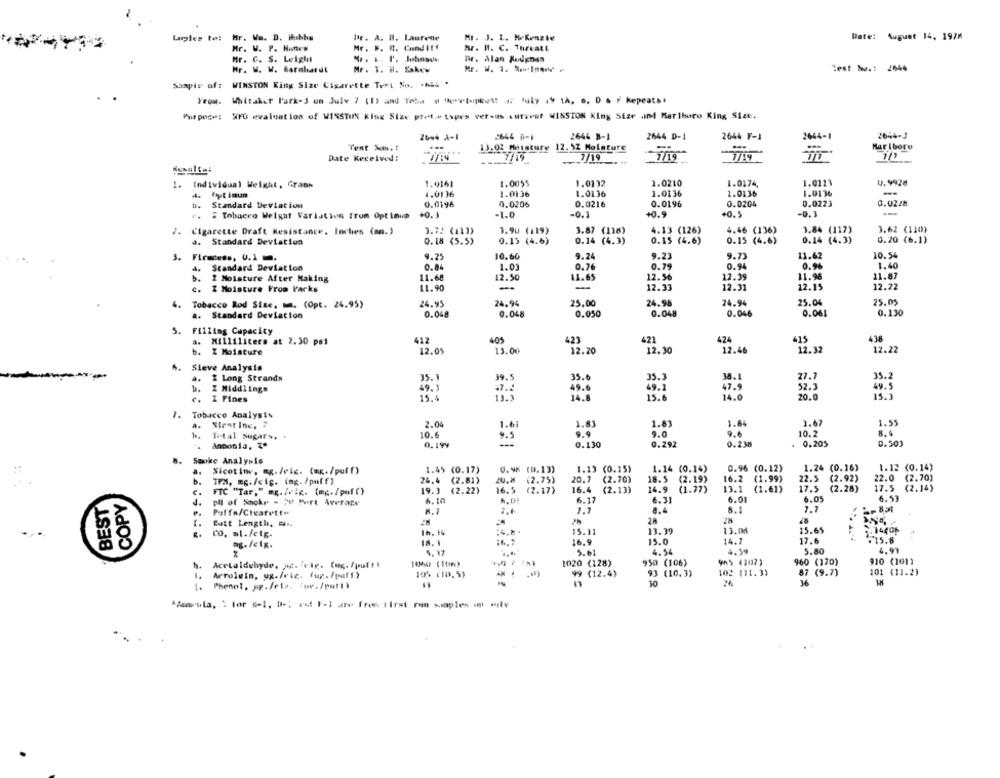
umples to: Hr. Va. D. Hubby
1ªr. A. M. Laurene
Mr. 1. 1. MaKenzie
Date: August 14. 1978
Mr. V. P. Hanes
Mr. F. R. Cundiff
Mr. H. C. Threatt
Mr. C. S. Leigli
Mr. L. P'. Johnson
Dr. Alan Redenen
Mr. W. W. Barolarúl
Mr. T. H. Eskew
Mr. W. 1. Brelmond #
Test M .: 2644
Saspir oft WINSTON King Size Cigarette Tert No. - hLL .
From. Whitaker Park-S on July 7 (1) and Teba e beretepees! # July 19 1A. s. D . F Repeats.
Purpose: 270 evaluation of WISSTIN King Size ptet.etspes versus current WINSTON King Size and Marlboro King Size.
20w4 A-1
2644 6-1
2646 B-1
2644 D-1
2644 F-1
2644-1
2644-J
Tent A .!
13.03 Moisture 12.52 Moisture
Marlboro
7/19
Date Received:
7/19
1. Individual Weight, Grans
1.0161
1.0055
1.0132
1.0210
1.0174,
1.0123
0.9928
fyt imum
1.0136
1.0136
1.0136
1.0136
1.0136
1.0136
--
0.0206
0.0216
0.0196
0.0204
0.0223
0.0228
Standard Deviation
0.0196
".
Tobacco Weight Varlation from Optinua
+0.3
-1.0
-0.1
+0.9
+0.5
-0.1
---
7. Cigarette Draft Resistance. Inches (mm.)
3.72 (11))
1.9u (119)
3.87 (118)
4.13 (126)
4.46 (136)
1.84 (117)
3.62 (110)
a.
Standard Deviation
0.18 (5.5)
0.15 (4.6)
0.14 (4.3)
0.15 (4.6)
0.15 (4.6)
0.14 (4.3)
0.20 (6.1)
3. Firmness, 0.1.
9.25
10.60
9.24
9.23
9.73
11.62
10.54
1.01
0.79
0.94
0.94
1.40
Standard Deviation
0.84
0.76
b. 2 Moisture After Making
11.68
12.50
11.65
12.56
12.39
11.96
11.87
c. Z Moisture From Packs
11.90
--
--
12.33
12.31
12.15
12.22
4.
Tobacco Rod Size. m. (Opt. 24.95)
24.95
24.94
25.00
24.98
24.94
25.00
25.05
0.130
a. Standard Deviation
0.048
0.048
0.050
0.048
0.046
0.061
Filling Capacity
a. Milliliters at 2.30 ps1
40
424
415
438
13. 05
13.00
423
12.20
421
12.30
12.46
12.32
12.22
b. Z Moisture
6. Sieve Analysis
4. 2 Long Strands
35. 1
39.5
35.0
35.3
38.
35.2
b. Z Middlings
49.3
47.2
49.6
49.1
52.3
49.5
c. 1 Fines
15.4
13.1
14.8
15.6
14.0
20.0
15.3
7. Tobacco Analysis
Stent Inc. 7
2.04
1.61
1.81
1.83
1.84
1.67
1.55
Trtal Sugars. +
10.6
9.9
9.0
9.6
10.2
8.6
0.194
9.5
0.292
0.238
. 0.205
0.503
·. Ammonia. z*
0.130
8. Smoke Analysis
0.9% (D.13)
1.13 (0.15)
1.14 (0.14)
0.96 (0.12)
1.24 (0.16)
1.12 (0.14)
Nicotine, mg. /elc. (mg./puff)
1.45 (0.17)
b.
IPM, mg./cip. (mg. /puff)
24.4 (2.81)
(2.75)
20.2
(2.70)
18.5 (2.19)
16.2
(1.99)
22.5
(2.92)
22.0
(2.70)
19.3 (2.22)
16.5 (2.17)
16.4 (2.13)
14.9 (1.77)
13.1 (1.61)
17.5
(2.28)
17.5 (2.14)
BEST
COPY
FTC "Tar," mg./v.c. (mg./pmf ()
6.17
6.01
6.05
6.53
J.
pll of Sockr - Put Port Average
6.10
6.31
Puffa/Ctearett-
1.7
8.4
8.1
7.7
Eatt Length, ..
25
15.11
13.39
13.04
15.65
...
co. ml./cig.
ag. felg.
18. 5
16.9
15.0
14.7
17.6
.15.8
5, 17
5.01
4.54
4.59
5.80
4.97
950 (106)
965 (107)
960 (170)
910 (101)
Acetaldehyde. ac. Feir. (ag./pul !!
1064 ( 100)
1020 (128)
Arrolein, ug./vie. (up./puff)
10% (10.5)
99 (12.4)
93 (10.3)
102 (11.3)
87 (9.7)
101 (11.2)
10
26
36
1. Phenol, up./rip. juv./pot!)
"Marula, " tor B-1, D -: rif Fal are free First ren staples - mile